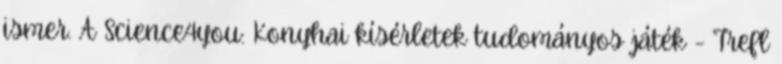
ismer. A Science4you: Konyhai kísérletek tudományos játék - Trefl